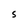
Character: S